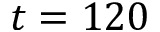
t = 1 2 0